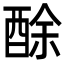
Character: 酴